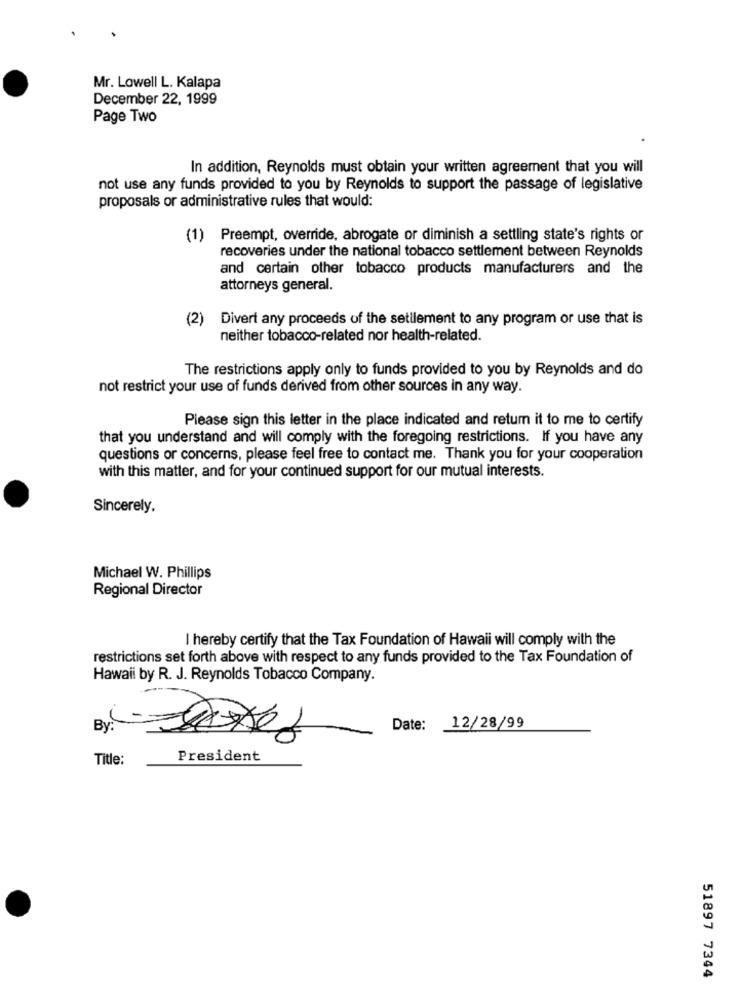
Mr. Lowell L. Kalapa
December 22, 1999
Page Two
In addition, Reynolds must obtain your written agreement that you will
not use any funds provided to you by Reynolds to support the passage of legislative
proposals or administrative rules that would:
(1) Preempt, override, abrogate or diminish a settling state's rights or
recoveries under the national tobacco settlement between Reynolds
and certain other tobacco products manufacturers and the
attorneys general.
(2) Divert any proceeds of the settlement to any program or use that is
neither tobacco-related nor health-related.
The restrictions apply only to funds provided to you by Reynolds and do
not restrict your use of funds derived from other sources in any way.
Please sign this letter in the place indicated and retum it to me to certify
that you understand and will comply with the foregoing restrictions. If you have any
questions or concerns, please feel free to contact me. Thank you for your cooperation
with this matter, and for your continued support for our mutual interests.
Sincerely.
Michael W. Phillips
Regional Director
I hereby certify that the Tax Foundation of Hawaii will comply with the
restrictions set forth above with respect to any funds provided to the Tax Foundation of
Hawaii by R. J. Reynolds Tobacco Company.
Date:
12/28/99
Title:
President
51897 7344